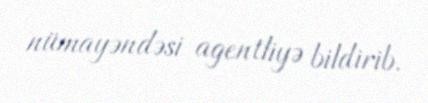
nümayəndəsi agentliyə bildirib.